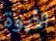
الأبوة